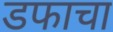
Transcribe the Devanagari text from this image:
डफाचा